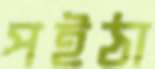
পইঠা